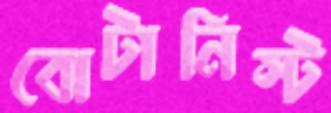
বোটানিস্ট